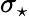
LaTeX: \sigma_{\star}